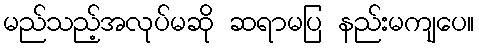
မည်သည့်အလုပ်မဆို ဆရာမပြ နည်းမကျပေ။